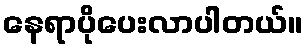
နေရာပိုပေးလာပါတယ်။